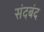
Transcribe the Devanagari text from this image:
संदबंद